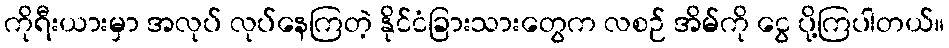
ကိုရီးယားမှာ အလုပ် လုပ်နေကြတဲ့ နိုင်ငံခြားသားတွေက လစဉ် အိမ်ကို ငွေ ပို့ကြပါတယ်။